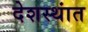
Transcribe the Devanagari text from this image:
देशस्थांत